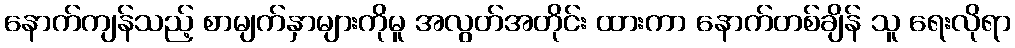
နောက်ကျန်သည့် စာမျက်နှာများကိုမူ အလွတ်အတိုင်း ထားကာ နောက်တစ်ချိန် သူ ရေးလိုရာ